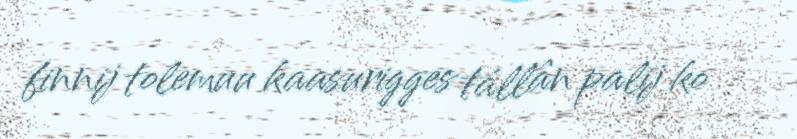
finnij tolemuu kaasurigges tállân palij ko